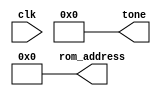
module music_streamer (
    input clk,
    output [23:0] tone,
    output [9:0] rom_address
);
    assign tone = 24'd0;
    assign rom_address = 10'd0;
endmodule